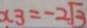
x _ { 3 } = - 2 \sqrt { 3 }